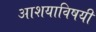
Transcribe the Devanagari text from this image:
आशयाविषयी